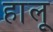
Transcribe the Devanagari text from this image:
हालू